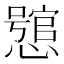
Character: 𢣉